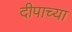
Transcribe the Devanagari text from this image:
दीपाच्या